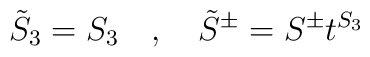
\tilde{S}_3=S_3\quad , \quad \tilde{S}^{\pm}=S^{\pm}t^{S_3}